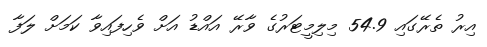
އިރު ތެރޭގައި 54.9 މިލިމީޓަރުގެ ވާރޭ އައްޑު އަށް ވެހިފައިވާ ކަމަށް ލަފާ